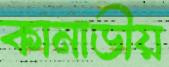
কানাডীয়